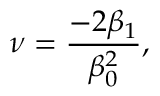
\nu = \frac { - 2 \beta _ { 1 } } { \beta _ { 0 } ^ { 2 } } ,